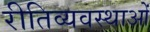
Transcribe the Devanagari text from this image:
रीतिव्यवस्थाओं